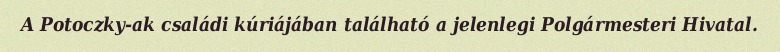
A Potoczky-ak családi kúriájában található a jelenlegi Polgármesteri Hivatal.